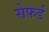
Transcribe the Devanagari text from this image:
सेफर्ड